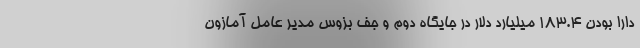
دارا بودن 183.4 میلیارد دلار در جایگاه دوم و جف بزوس مدیر عامل آمازون